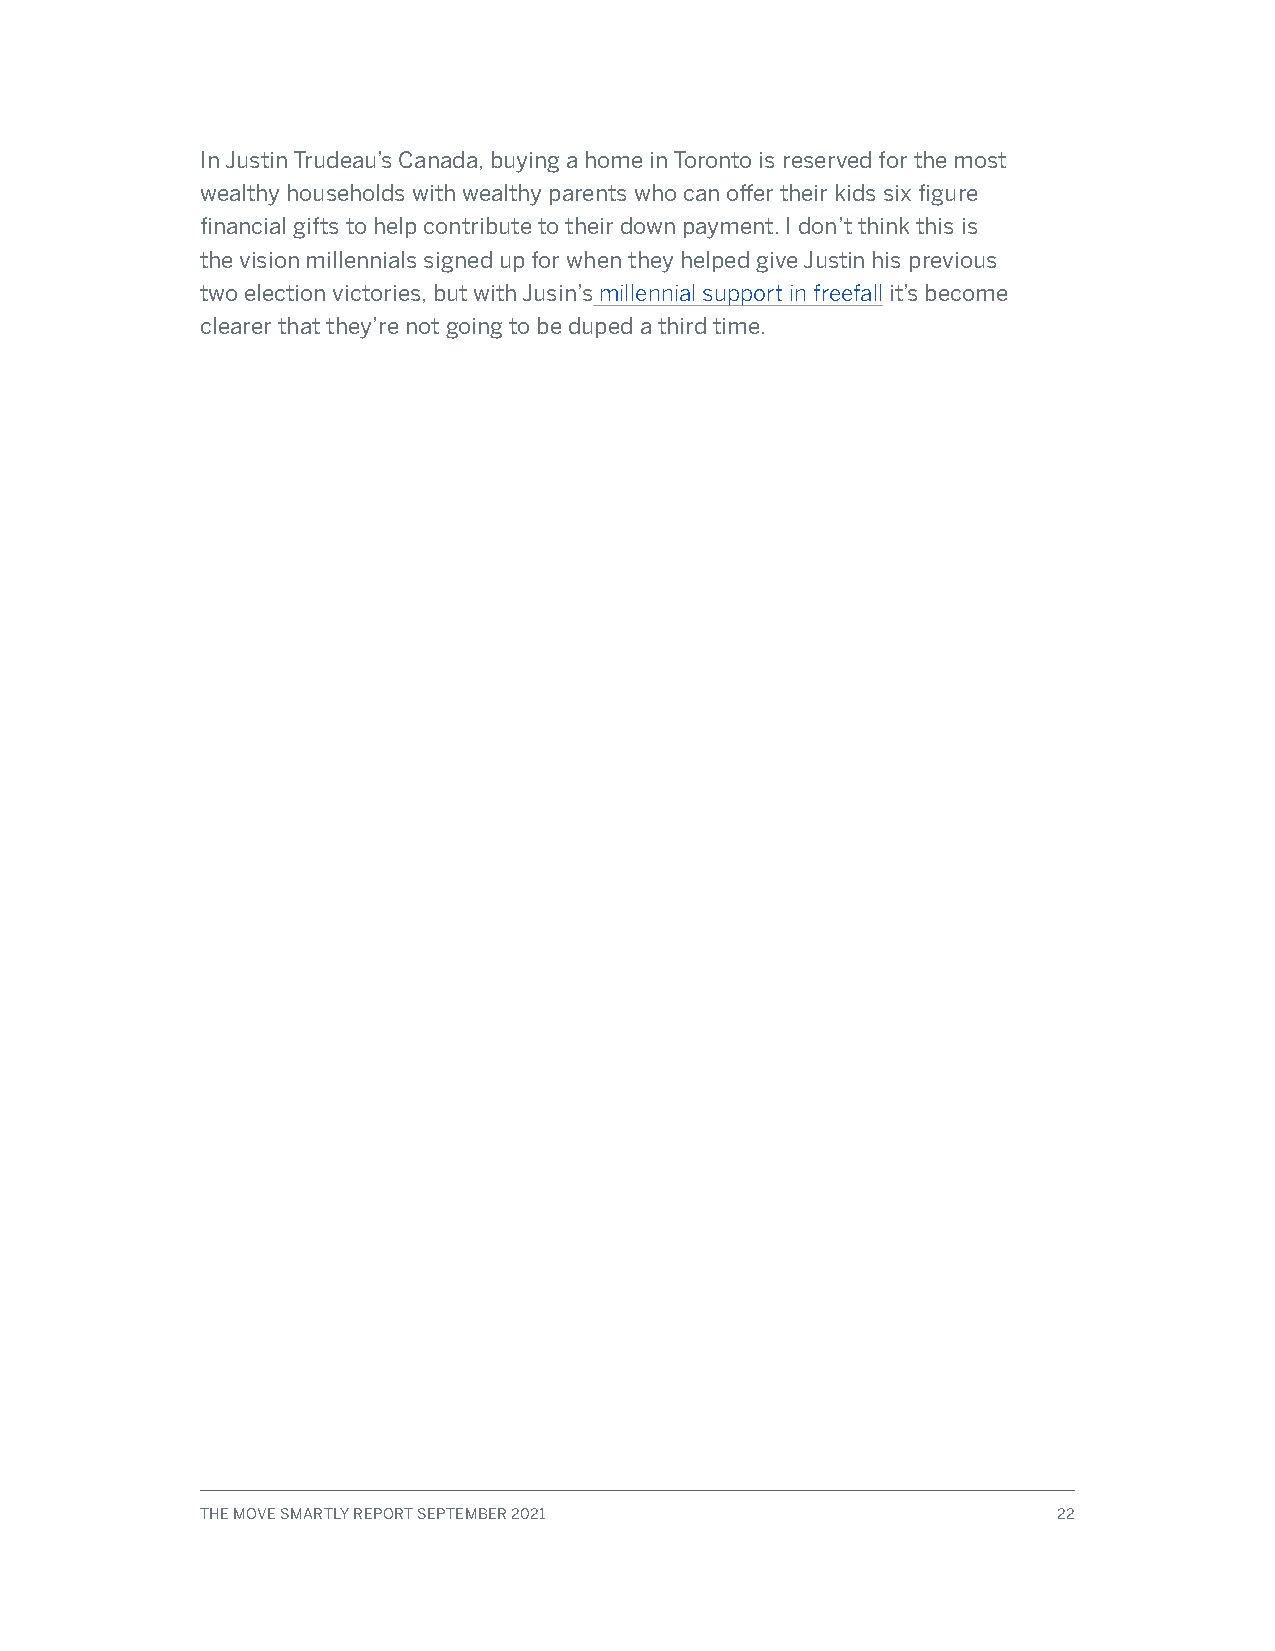
In Justin Trudeau’s Canada, buying a home in Toronto is reserved for the most
 wealthy households with wealthy parents who can offer their kids six figure
 financial gifts to help contribute to their down payment. I don’t think this is
 the vision millennials signed up for when they helped give Justin his previous
 two election victories, but with Jusin’s millennial support in freefall it’s become
 clearer that they’re not going to be duped a third time.
 THE MOVE SMARTLY REPORT SEPTEMBER 2021                   22